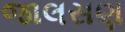
જાલસણ